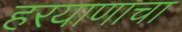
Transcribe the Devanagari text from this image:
हरयाणाचा